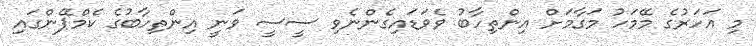
މި އަހަރުގެ މޭމަހު މަގާމަށް އިންތިހާބު ވެވަޑައިގެންނެވި ސީސީ ވަނީ އިންތިހާބުގެ ކެމްޕޭންގައި